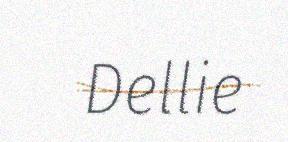
Dellie